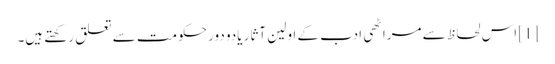
[1] اس لحاظ سے مراٹھی ادب کے اولین آثار یادو دور حکومت سے تعلق رکھتے ہیں۔